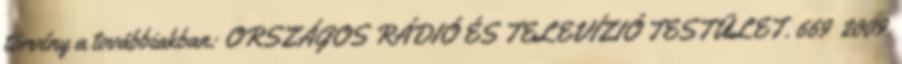
törvény a továbbiakban: ORSZÁGOS RÁDIÓ ÉS TELEVÍZIÓ TESTÜLET. 669 2009.